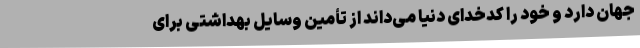
جهان دارد و خود را کدخدای دنیا می‌داند از تأمین وسایل بهداشتی برای